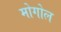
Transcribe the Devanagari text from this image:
मोगोल